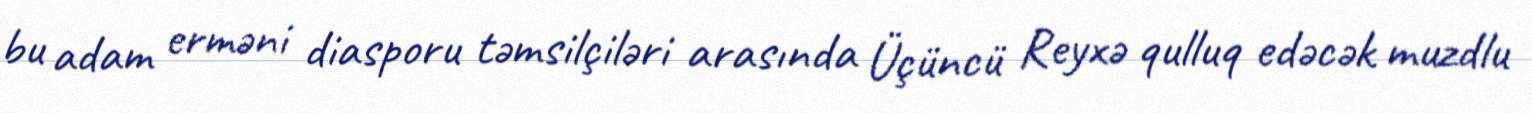
bu adam erməni diasporu təmsilçiləri arasında Üçüncü Reyxə qulluq edəcək muzdlu